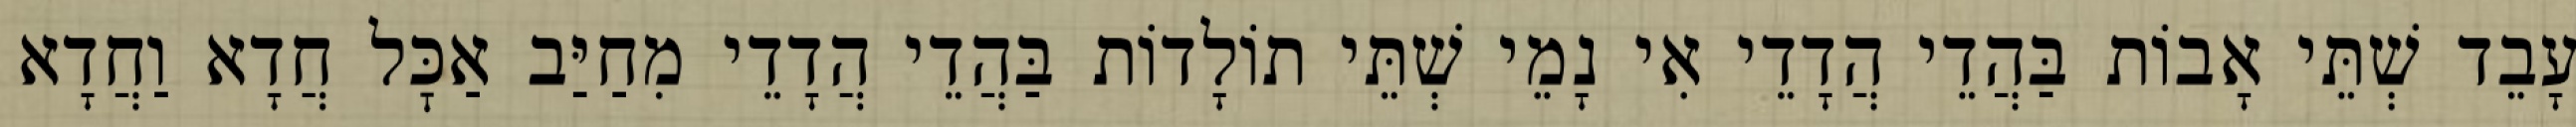
עָבֵד שְׁתֵּי אָבוֹת בַּהֲדֵי הֲדָדֵי אִי נָמֵי שְׁתֵּי תוֹלָדוֹת בַּהֲדֵי הֲדָדֵי מִחַיַּב אַכׇּל חֲדָא וַחֲדָא